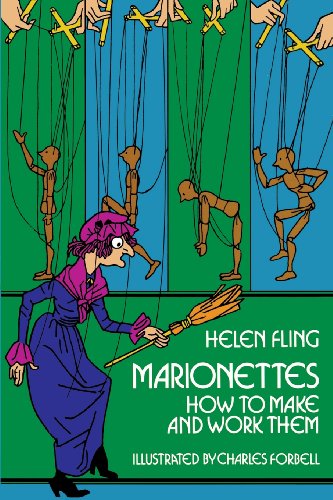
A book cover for Marionettes: How to Make and Work Them; Helen Fling; Crafts, Hobbies & Home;